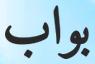
بواب